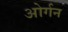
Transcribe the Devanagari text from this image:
ओर्गन